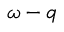
\omega - q